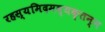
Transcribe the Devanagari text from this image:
रहस्यमिदमव्यक्तन्न